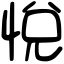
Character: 悅